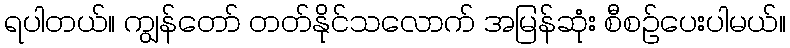
ရပါတယ်။ ကျွန်တော် တတ်နိုင်သလောက် အမြန်ဆုံး စီစဉ်ပေးပါမယ်။